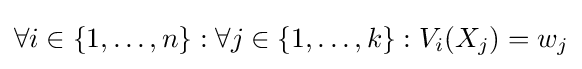
\forall i\in \{1,\dots ,n\}:\forall j\in \{1,\dots ,k\}:V_{i}(X_{j})=w_{j}